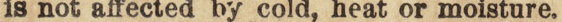
is not affected by cold, heat or moisture.